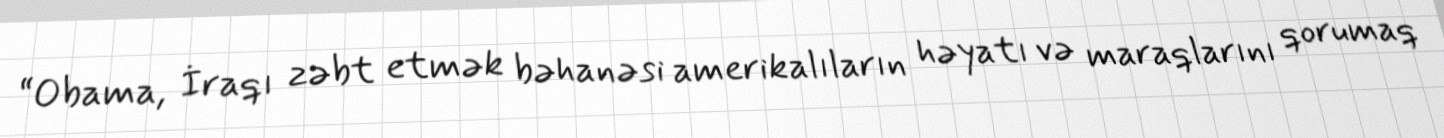
“Obama, İraqı zəbt etmək bəhanəsi amerikalıların həyatı və maraqlarını qorumaq